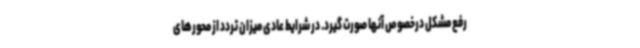
رفع مشکل درخصوص آنها صورت گیرد. در شرایط عادی میزان تردد از محورهای